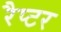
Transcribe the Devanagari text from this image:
रैप्‍टर